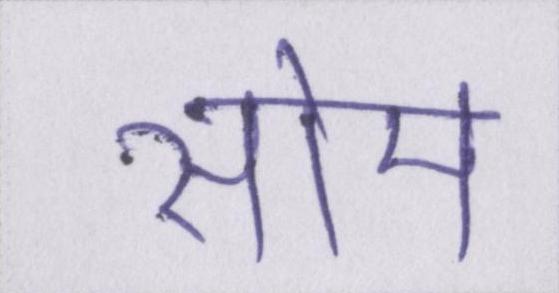
सोम